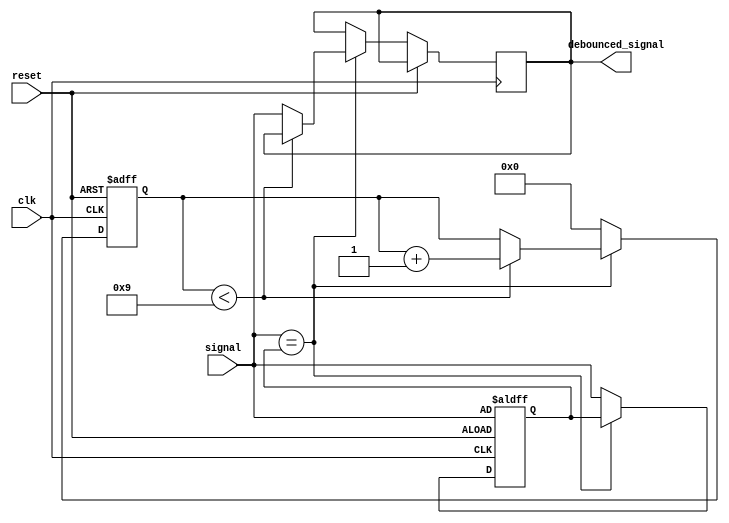
module debounce (
    input clk,
    input reset,
    input signal,
    output reg debounced_signal
);

parameter DEBOUNCE_CYCLES = 10;

reg [DEBOUNCE_CYCLES-1:0] counter;
reg prev_signal;

always @(posedge clk or posedge reset) begin
    if (reset) begin
        counter <= 0;
        prev_signal <= signal;
    end else begin
        if (signal == prev_signal) begin
            if (counter < DEBOUNCE_CYCLES - 1) begin
                counter <= counter + 1;
            end else begin
                debounced_signal <= signal;
            end
        end else begin
            counter <= 0;
            prev_signal <= signal;
        end
    end
end

endmodule